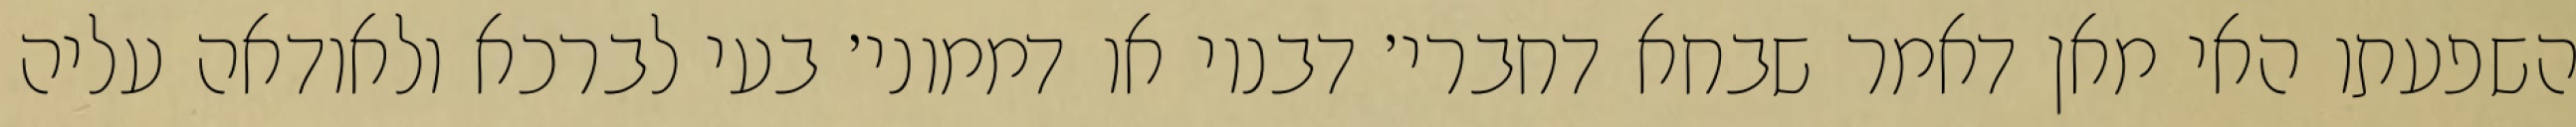
השפעתו האי מאן דאמר שבחא דחברי׳ דבנוי או דממוני׳ בעי לברכא ולאודאה עליה